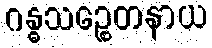
ဂန္ဓသဉ္စေတနာယ